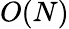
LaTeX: O(N)